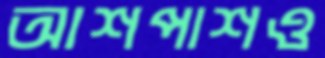
আশপাশও